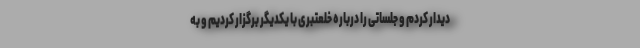
دیدار کردم و جلساتی را درباره خلعتبری با یکدیگر برگزار کردیم و به